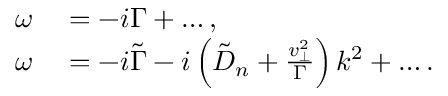
\begin{array} { r l } { \omega } & { { } = - i \Gamma + \ldots , } \\ { \omega } & { { } = - i \tilde { \Gamma } - i \left( \tilde { D } _ { n } + \frac { v _ { \perp } ^ { 2 } } { \Gamma } \right) k ^ { 2 } + \ldots . } \end{array}